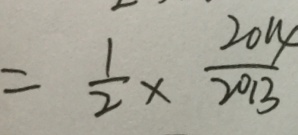
= \frac { 1 } { 2 } \times \frac { 2 0 1 4 } { 2 0 1 3 }